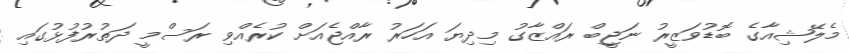
މެލޭޝިއާގެ ބޮޑުވަޒީރު ނަޖީބް ރައްޒާގު މިދިޔަ އަހަރު ރާއްޖެއަށް ކުރެއްވި ރަސްމީ ދަތުރުފުޅުގައި